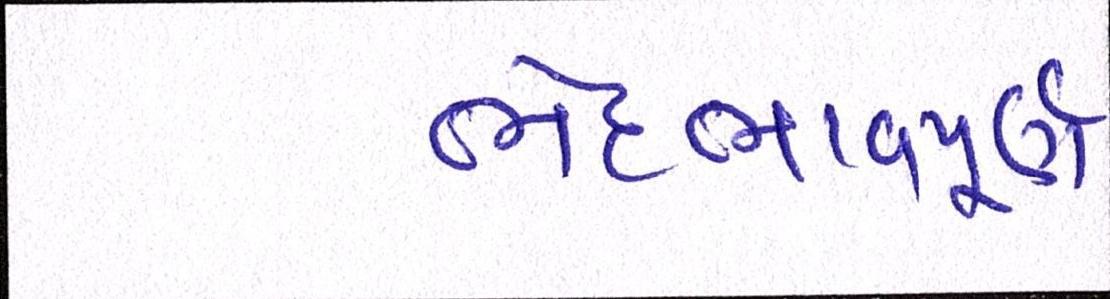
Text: ભેદભાવપૂર્ણ